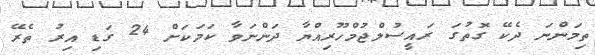
ތިމަންނަ ދެކޭ ގޮތުގަ ރައީސުލްޖުމްހޫރިއްޔާ ދަންނަވާ ކަމަކަށް 24 ގަޑި އިރު ތެރޭ